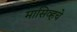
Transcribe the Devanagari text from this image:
मासिव्हचे